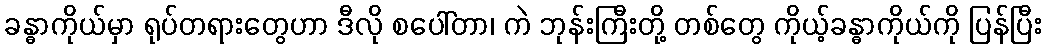
ခန္ဓာကိုယ်မှာ ရုပ်တရားတွေဟာ ဒီလို စပေါ်တာ၊ ကဲ ဘုန်းကြီးတို့ တစ်တွေ ကိုယ့်ခန္ဓာကိုယ်ကို ပြန်ပြီး